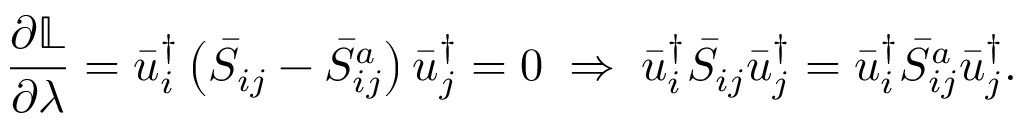
\frac { { \partial \mathbb { L } } } { { \partial \lambda } } = \bar { u } _ { i } ^ { \dag } \left( { { { \bar { S } } _ { i j } } - \bar { S } _ { i j } ^ { a } } \right) \bar { u } _ { j } ^ { \dag } = 0 \; \Rightarrow \; \bar { u } _ { i } ^ { \dag } { { \bar { S } } _ { i j } } \bar { u } _ { j } ^ { \dag } = \bar { u } _ { i } ^ { \dag } \bar { S } _ { i j } ^ { a } \bar { u } _ { j } ^ { \dag } .